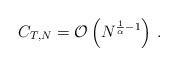
LaTeX: \begin{align*} C_{T,N} = \mathcal{O}\left(N^{\frac{1}{\alpha} - 1}\right)\,. \end{align*}